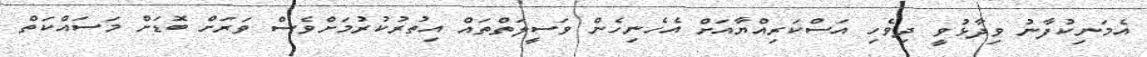
އެމަނިކުފާނު ވިދާޅުވީ ދިވެހި އަސްކަރިއްޔާއަށް އެހެނިހެން ވަސީލަތްތައް އިތުރުކުރުމަށްވެސް ވަރަށް ބޮޑަށް މަސައްކަތް